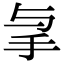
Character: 𢪓